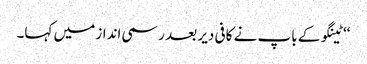
‘‘ ٹینگو کے باپ نے کافی دیر بعد رسمی انداز میں کہا۔